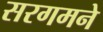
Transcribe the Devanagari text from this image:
सरगमने